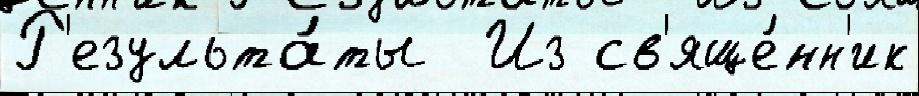
Р'езульта́ты  Из св'яще́нн'ик